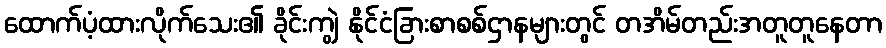
ထောက်ပံ့ထားလိုက်သေး၏ ခိုင်းကျွဲ နိုင်ငံခြားစာစစ်ဌာနများတွင် တအိမ်တည်းအတူတူနေတာ